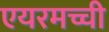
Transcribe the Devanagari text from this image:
एयरमच्ची